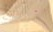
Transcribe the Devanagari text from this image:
ॱ